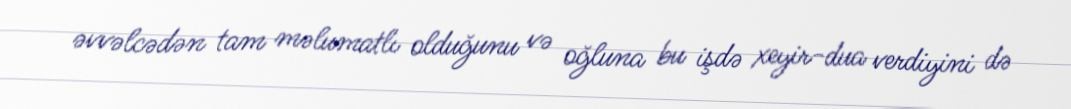
əvvəlcədən tam məlumatlı olduğunu və oğluna bu işdə xeyir-dua verdiyini də